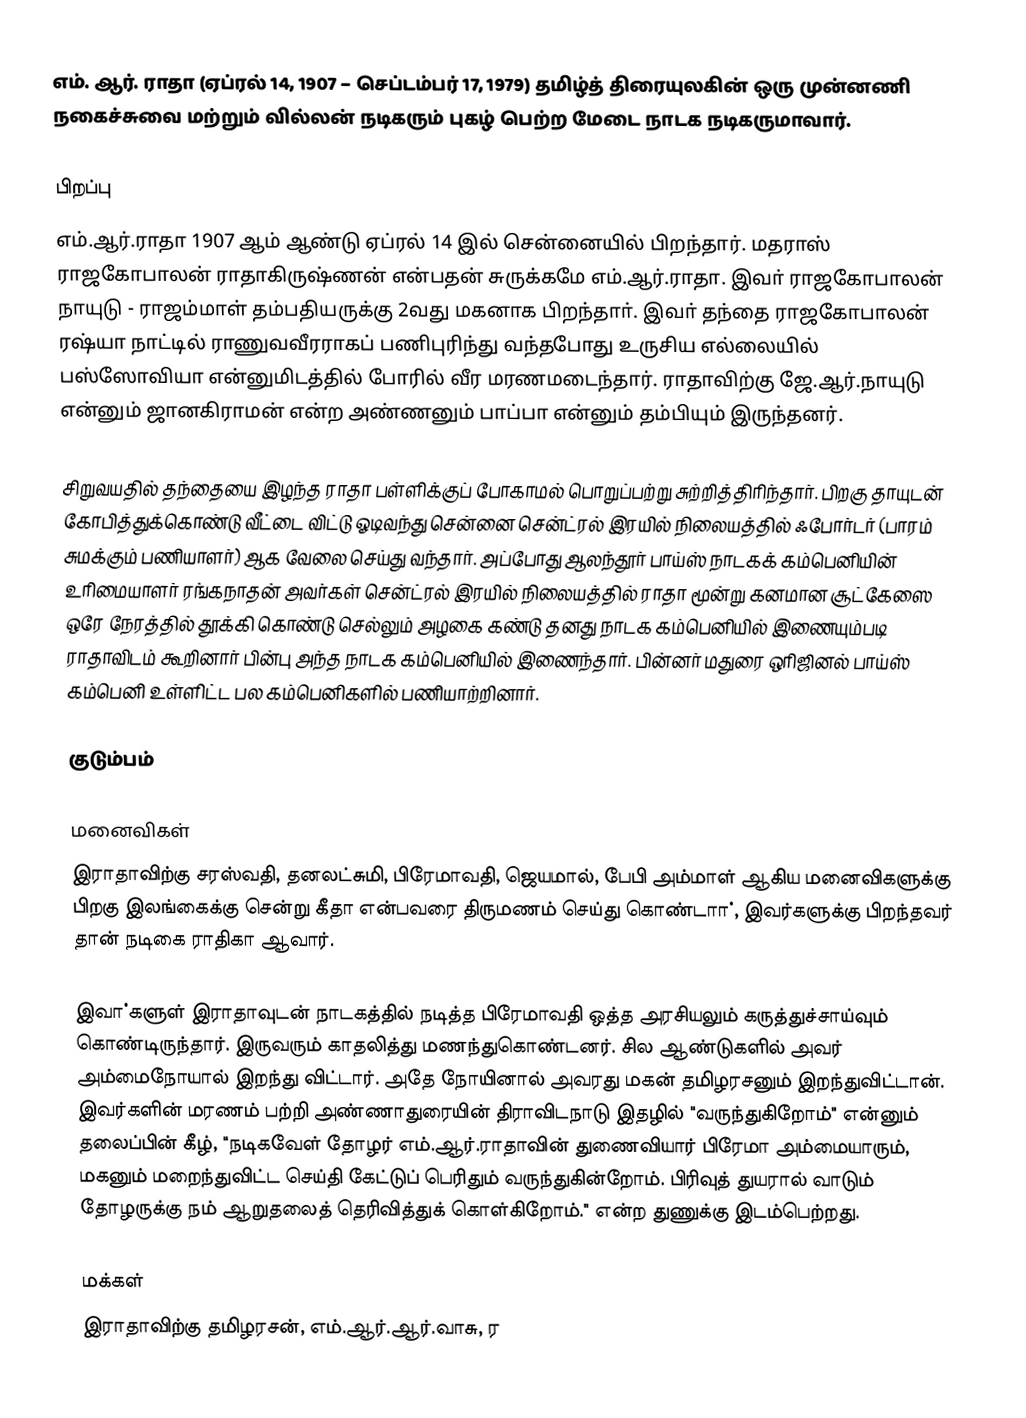
எம். ஆர். ராதா (ஏப்ரல் 14, 1907 – செப்டம்பர் 17, 1979) தமிழ்த் திரையுலகின் ஒரு முன்னணி நகைச்சுவை மற்றும் வில்லன் நடிகரும் புகழ் பெற்ற மேடை நாடக நடிகருமாவார்.

பிறப்பு
எம்.ஆர்.ராதா 1907 ஆம் ஆண்டு ஏப்ரல் 14 இல் சென்னையில் பிறந்தார். மதராஸ் ராஜகோபாலன்   ராதாகிருஷ்ணன் என்பதன் சுருக்கமே எம்.ஆர்.ராதா. இவா் ராஜகோபாலன் நாயுடு - ராஜம்மாள் தம்பதியருக்கு 2வது மகனாக பிறந்தாா். இவா் தந்தை ராஜகோபாலன் ரஷ்யா நாட்டில் ராணுவவீரராகப் பணிபுரிந்து வந்தபோது உருசிய எல்லையில் பஸ்ஸோவியா என்னுமிடத்தில் போரில் வீர மரணமடைந்தார். ராதாவிற்கு ஜே.ஆர்.நாயுடு என்னும் ஜானகிராமன் என்ற அண்ணனும் பாப்பா என்னும் தம்பியும் இருந்தனர்.

சிறுவயதில் தந்தையை இழந்த ராதா பள்ளிக்குப் போகாமல் பொறுப்பற்று சுற்றித்திரிந்தார். பிறகு தாயுடன் கோபித்துக்கொண்டு வீட்டை விட்டு ஓடிவந்து சென்னை சென்ட்ரல் இரயில் நிலையத்தில் ஃபோர்டர் (பாரம் சுமக்கும் பணியாளர்) ஆக வேலை செய்து வந்தார். அப்போது ஆலந்தூர் பாய்ஸ் நாடகக் கம்பெனியின் உரிமையாளர் ரங்கநாதன் அவர்கள் சென்ட்ரல் இரயில் நிலையத்தில் ராதா மூன்று கனமான சூட்கேஸை ஒரே நேரத்தில் தூக்கி கொண்டு செல்லும் அழகை கண்டு தனது நாடக கம்பெனியில் இணையும்படி ராதாவிடம் கூறினார் பின்பு அந்த நாடக கம்பெனியில் இணைந்தார். பின்னர் மதுரை ஒரிஜினல் பாய்ஸ் கம்பெனி உள்ளிட்ட பல கம்பெனிகளில் பணியாற்றினார்.

குடும்பம்

மனைவிகள்
இராதாவிற்கு சரஸ்வதி, தனலட்சுமி, பிரேமாவதி, ஜெயமால், பேபி அம்மாள் ஆகிய மனைவிகளுக்கு பிறகு இலங்கைக்கு சென்று கீதா என்பவரை திருமணம் செய்து கொண்டாா், இவர்களுக்கு பிறந்தவர் தான் நடிகை ராதிகா ஆவார்.

இவா்களுள் இராதாவுடன் நாடகத்தில் நடித்த பிரேமாவதி ஒத்த அரசியலும் கருத்துச்சாய்வும் கொண்டிருந்தார். இருவரும் காதலித்து மணந்துகொண்டனர். சில ஆண்டுகளில் அவர் அம்மைநோயால் இறந்து விட்டார். அதே நோயினால் அவரது மகன் தமிழரசனும் இறந்துவிட்டான். இவர்களின் மரணம் பற்றி அண்ணாதுரையின் திராவிடநாடு இதழில் "வருந்துகிறோம்" என்னும் தலைப்பின் கீழ், "நடிகவேள் தோழர் எம்.ஆர்.ராதாவின் துணைவியார் பிரேமா அம்மையாரும், மகனும் மறைந்துவிட்ட செய்தி கேட்டுப் பெரிதும் வருந்துகின்றோம். பிரிவுத் துயரால் வாடும் தோழருக்கு நம் ஆறுதலைத் தெரிவித்துக் கொள்கிறோம்." என்ற துணுக்கு இடம்பெற்றது.

மக்கள்
இராதாவிற்கு தமிழரசன், எம்.ஆர்.ஆர்.வாசு, ர